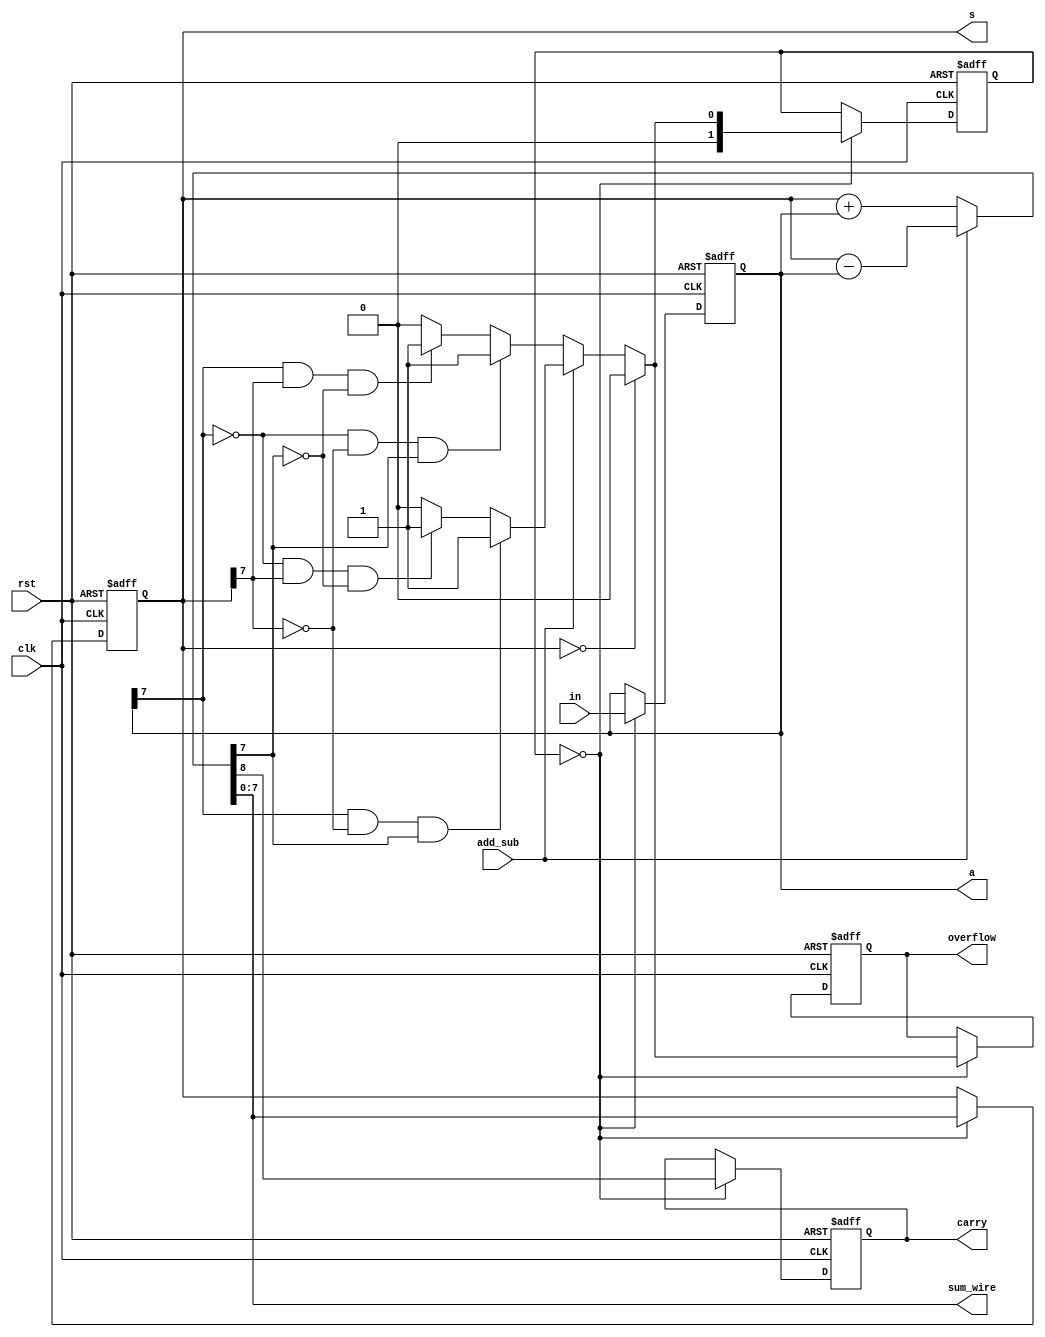
// Alessandra Fais, Orlando Leombruni
// RTT course - FPGA part
// MCSN - A.A. 2017/18

// Range of the sum:
// - largest positive number on 8 bits is 01111111 binary = +127 decimal
// - largest negative number on 8 bits is 10000000 binary = -128 decimal

module add_sub (clk,
				rst,
				in,
				add_sub,
				s,
				a,
				sum_wire,
				overflow,
				carry
				);

	// inputs
	input 		clk;
	input 		rst;
	input [7:0] in;
	input 		add_sub;

	// outputs
	output [7:0] s;
	output [7:0] a;
	output [7:0] sum_wire;
	output 		 overflow;
	output 		 carry;
	
	wire [7:0] sum_wire;
	wire	   carry_wire;

	reg [7:0] a;
	reg [7:0] s;
	reg 	  overflow; // contains the overflow into the sign bit
	reg 	  carry;
	reg [1:0] state;

	// states of the accumulator
	parameter go = 1'b0;
	parameter finish = 1'b1;

	// ---------------------- design implementation ------------------------------

	initial begin
		a <= 8'd0;
		s <= 8'd0;
	end
	
	assign {carry_wire, sum_wire} = (add_sub) ? s - a : s + a;
	
	always @(posedge clk or posedge rst) begin // active low reset
		if (rst) begin
			a <= 8'd0; // decimal zero value, equivalent to 8'b00000000
			s <= 8'd0;
			overflow <= 1'b0;
			carry <= 1'b0;
			state <= go;
		end
		else begin
			case (state)
				go:
				begin
					a <= in;
					carry <= carry_wire;
					s <= sum_wire;
					if (!(s == 8'd0)) begin
						if (add_sub) begin
							if (a[7] == 1'b1 && s[7] == 1'b0 && sum_wire[7] == 1'b1) begin // sum of 2 positive numbers must be positive
								overflow <= 1'b1;
								state <= finish;
							end
							else begin
								if (a[7] == 1'b0 && s[7] == 1'b1 && sum_wire[7] == 1'b0) begin // sum of 2 negative numbers must be negative
									overflow <= 1'b1;
									state <= finish;
								end
								else begin
									overflow <= 1'b0;
									state <= go;
								end
							end
						end
						else begin
							if (a[7] == 1'b0 && s[7] == 1'b0 && sum_wire[7] == 1'b1) begin // sum of 2 positive numbers must be positive
								overflow <= 1'b1;
								state <= finish;
							end
							else begin
								if (a[7] == 1'b1 && s[7] == 1'b1 && sum_wire[7] == 1'b0) begin // sum of 2 negative numbers must be negative
									overflow <= 1'b1;
									state <= finish;
								end
								else begin
									overflow <= 1'b0;
									state <= go;
								end
							end
						end
					end	
					else begin
						overflow <= 1'b0;
						state <= go;
					end
				end
			endcase
		end
	end

endmodule